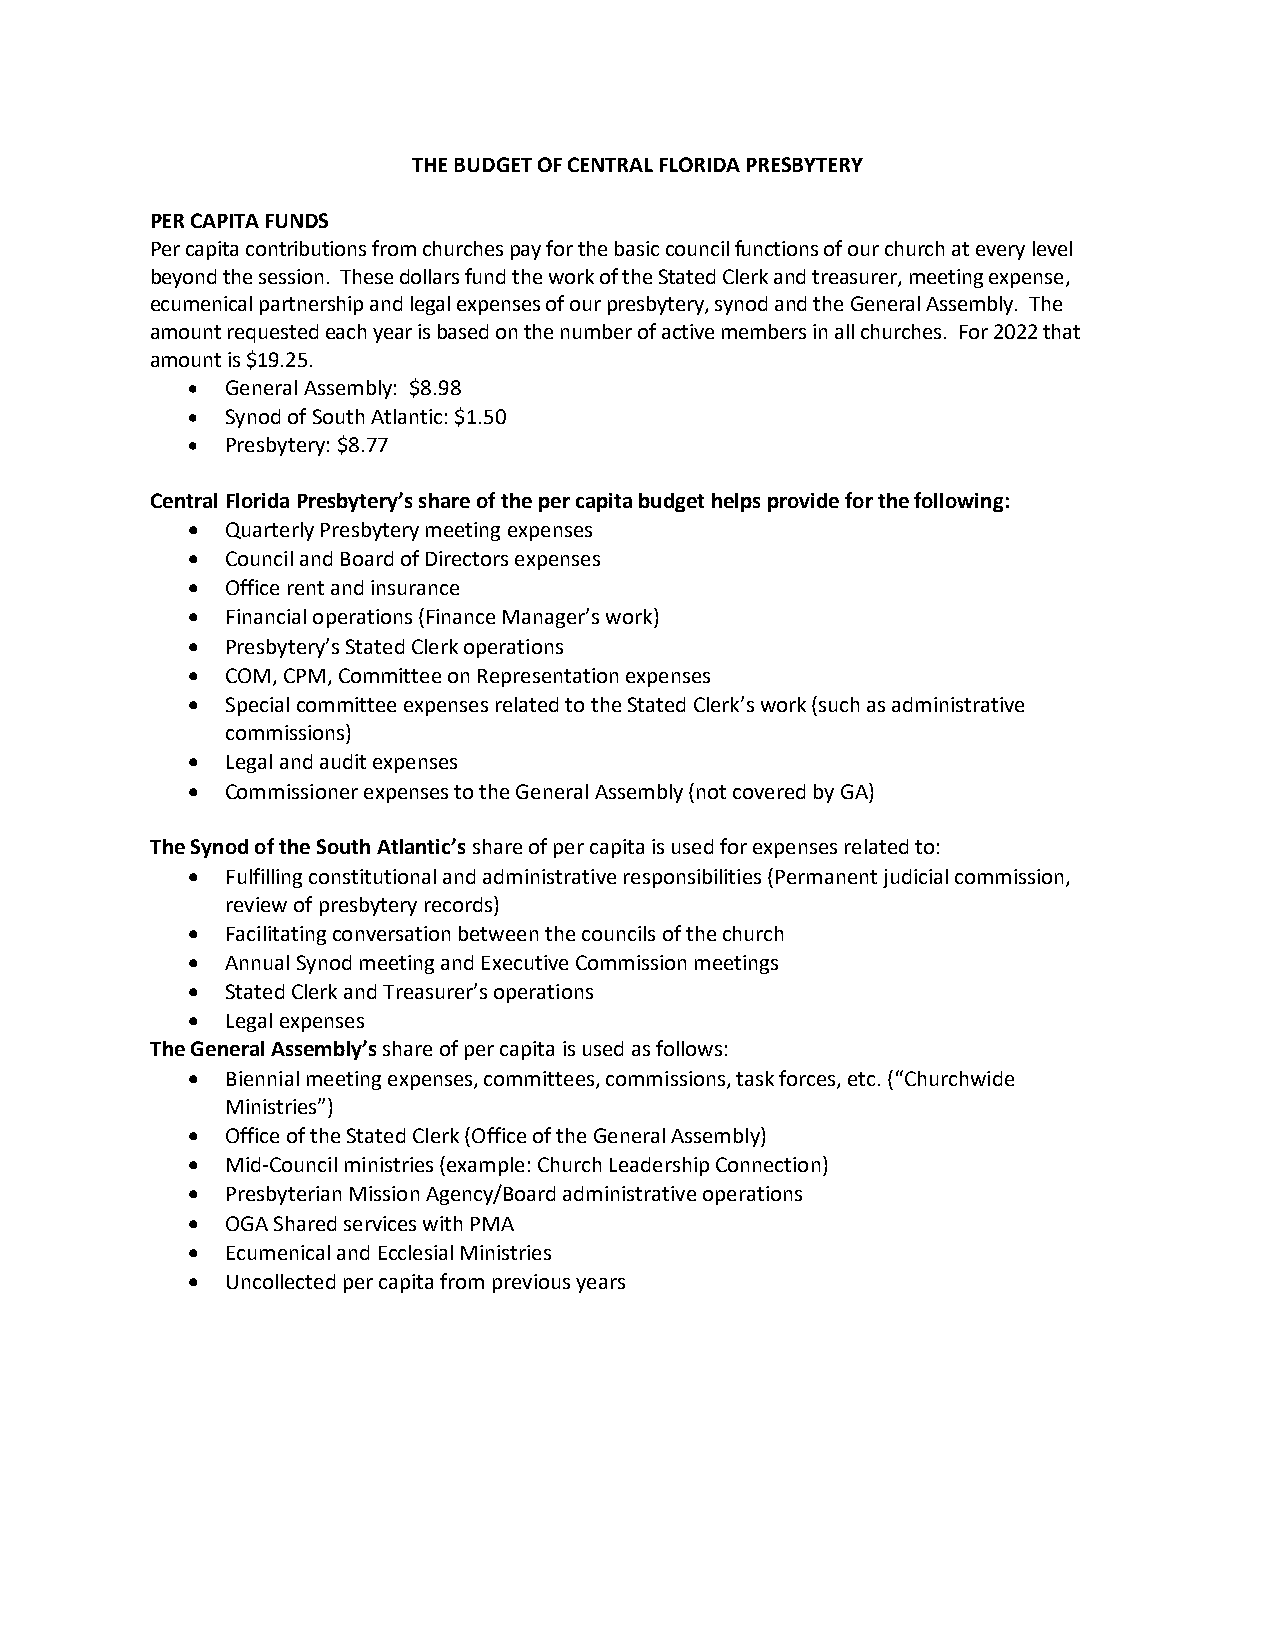
THE BUDGET OF CENTRAL FLORIDA PRESBYTERY
 PER CAPITA FUNDS
 Per capita contributions from churches pay for the basic council functions of our church at every level
 beyond the session. These dollars fund the work of the Stated Clerk and treasurer, meeting expense,
 ecumenical partnership and legal expenses of our presbytery, synod and the General Assembly. The
 amount requested each year is based on the number of active members in all churches. For 2022 that
 amount is $19.25.
 •  General Assembly: $8.98
 •  Synod of South Atlantic: $1.50
 •  Presbytery: $8.77
 Central Florida Presbytery’s share of the per capita budget helps provide for the following:
 •  Quarterly Presbytery meeting expenses
 •  Council and Board of Directors expenses
 •  Office rent and insurance
 •  Financial operations (Finance Manager’s work)
 •  Presbytery’s Stated Clerk operations
 •  COM, CPM, Committee on Representation expenses
 •  Special committee expenses related to the Stated Clerk’s work (such as administrative
 commissions)
 •  Legal and audit expenses
 •  Commissioner expenses to the General Assembly (not covered by GA)
 The Synod of the South Atlantic’s share of per capita is used for expenses related to:
 •  Fulfilling constitutional and administrative responsibilities (Permanent judicial commission,
 review of presbytery records)
 •  Facilitating conversation between the councils of the church
 •  Annual Synod meeting and Executive Commission meetings
 •  Stated Clerk and Treasurer’s operations
 •  Legal expenses
 The General Assembly’s share of per capita is used as follows:
 •  Biennial meeting expenses, committees, commissions, task forces, etc. (“Churchwide
 Ministries”)
 •  Office of the Stated Clerk (Office of the General Assembly)
 •  Mid-Council ministries (example: Church Leadership Connection)
 •  Presbyterian Mission Agency/Board administrative operations
 •  OGA Shared services with PMA
 •  Ecumenical and Ecclesial Ministries
 •  Uncollected per capita from previous years